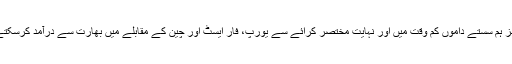
یہ آئٹمز ہم سستے داموں کم وقت میں اور نہایت مختصر کرائے سے یورپ، فار ایسٹ اور چین کے مقابلے میں بھارت سے درآمد کرسکتے ہیں۔